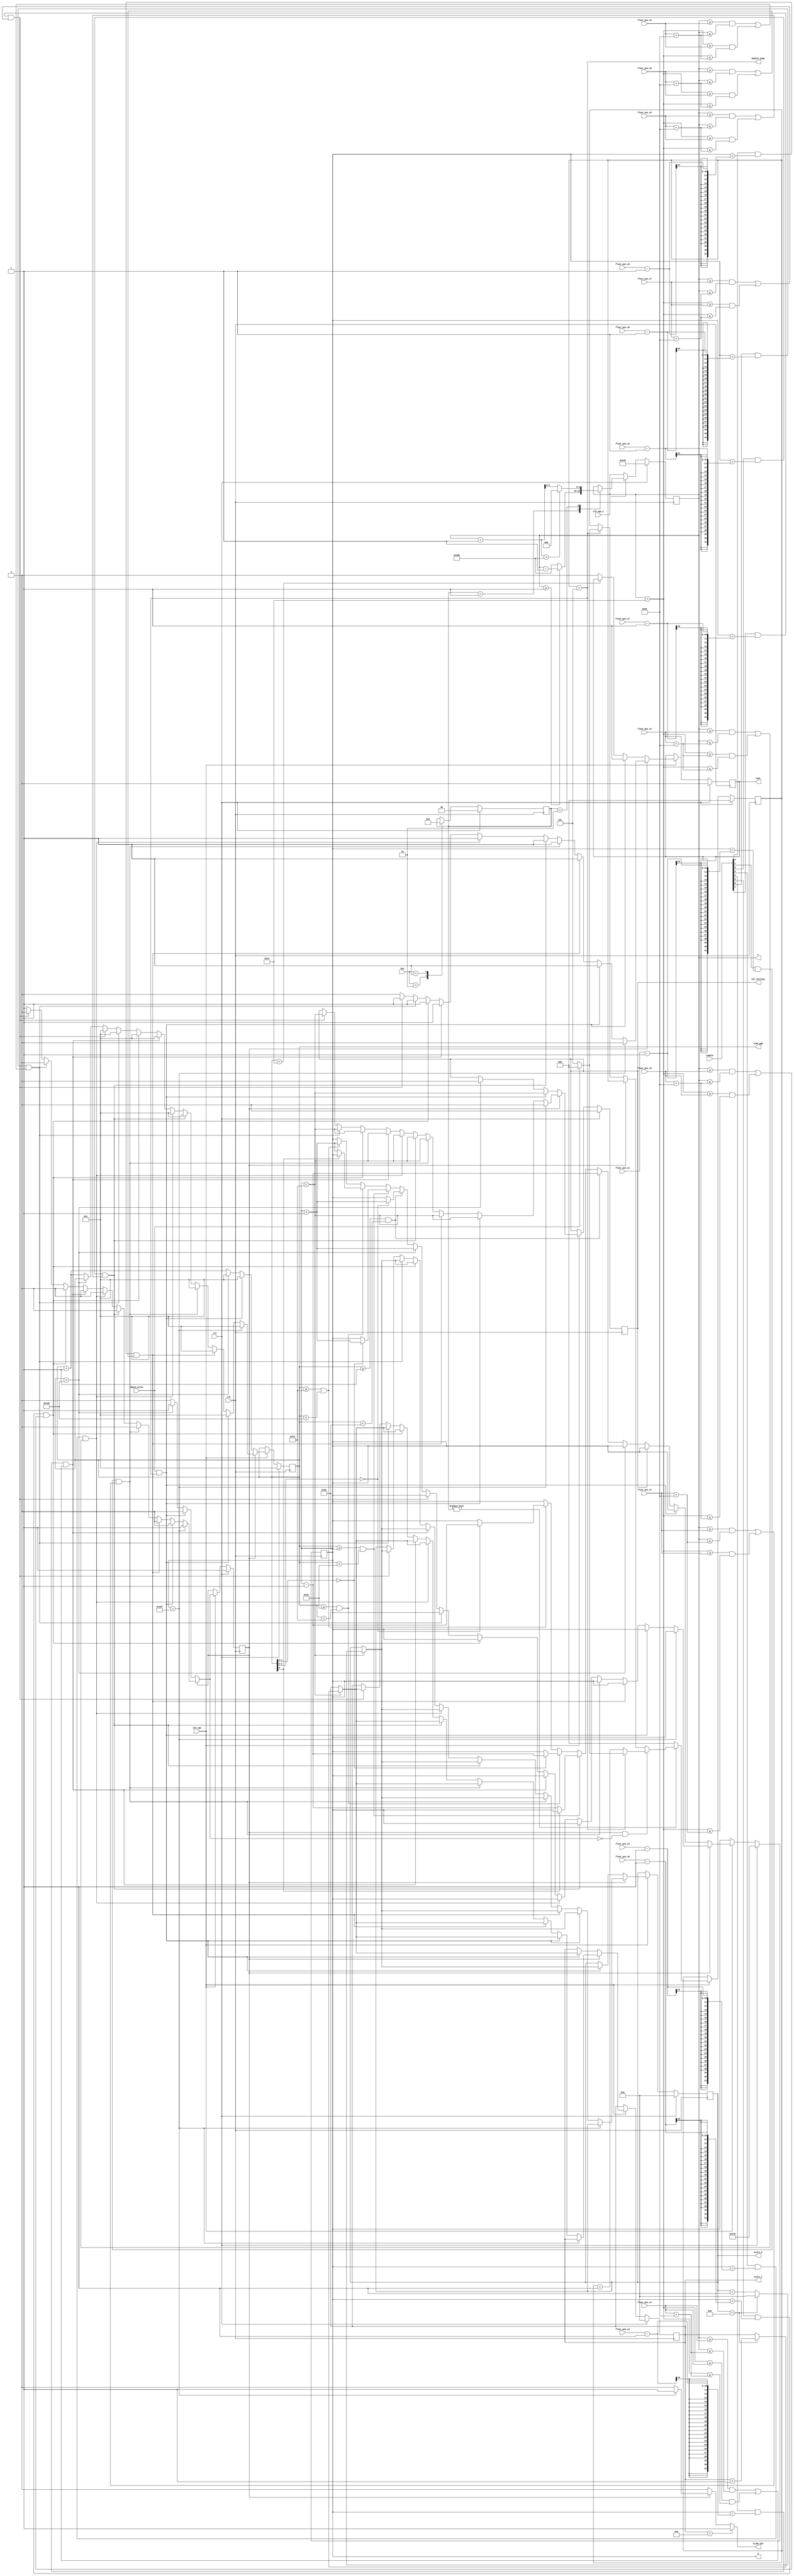
module slime_move(rst, clk, clk_vga, clk_vga_x, x, y, key, 
floor_pos_x0, floor_pos_y0, floor_pos_x1, floor_pos_y1, 
floor_pos_x2, floor_pos_y2, floor_pos_x3, floor_pos_y3, 
floor_pos_x4, floor_pos_y4, floor_pos_x5, floor_pos_y5, 
floor_pos_x6, floor_pos_y6, floor_pos_x7, floor_pos_y7, 
enable, Space_press, time_gap, hit_ceiling, slime_die, score_0, score_1, tone, double_jump);

    input rst, clk, clk_vga, clk_vga_x;
    input [1:0] key;
    input [9:0] floor_pos_x0, floor_pos_y0, floor_pos_x1, floor_pos_y1, floor_pos_x2, floor_pos_y2, floor_pos_x3, floor_pos_y3;
    input [9:0] floor_pos_x4, floor_pos_y4, floor_pos_x5, floor_pos_y5, floor_pos_x6, floor_pos_y6, floor_pos_x7, floor_pos_y7;
    input [7:0] enable;
    input Space_press;
    output reg [9:0] x, y;
    output [8:0] time_gap;
    output hit_ceiling;
    output reg slime_die;
    output [3:0] score_0;
    output [3:0] score_1;
    output tone;
    output double_jump;

    reg [3:0] score_0, next_score_0;
    reg [3:0] score_1, next_score_1;
    reg tone, new_tone;

    reg [8:0] time_gap, next_time_gap;
    reg [9:0] next_y;
    reg state, next_state;
    reg [1:0] h_state, next_h_state;
    reg hit_ceiling, next_hit_ceiling;
    reg [2:0] jump_times;
    wire double_jump;

    assign double_jump = jump_times == 3'd5;

    parameter INIT = 2'd0;
    parameter LEFT = 2'd1;
    parameter RIGHT = 2'd2;

    parameter JUMP_UP = 1'b0;
    parameter FALL_DOWN = 1'b1;

    always @ (posedge clk) begin
        if (rst) h_state <= 2'd0;
        else begin
            case (key)
                2'b10: h_state <= LEFT;
                2'b01: h_state <= RIGHT;
                default: h_state <= h_state;
            endcase
        end
    end

    always @ (posedge clk) begin
        if (rst) x <= 10'd310;
        else if (clk_vga_x) begin
            case (h_state)
                LEFT: x <= (x >= 1) ? x - 1 : 10'd619;
                RIGHT: x <= (x + 1 > 10'd619) ? 10'd0 : x + 1;
                default: x <= x;
            endcase
        end
        else begin
            x <= x;
        end
    end

    always @ (posedge clk) begin
        if (rst) jump_times <= 3'd0;
        else if (clk_vga) begin
            if (h_state != INIT) begin
                if (state == FALL_DOWN && next_state == JUMP_UP) jump_times <= (jump_times == 3'd5) ? ((Space_press) ? 3'd0 : 3'd5) : jump_times + 3'd1;
                else if (state == JUMP_UP) jump_times <= (jump_times == 3'd5) ? ((Space_press) ? 3'd0 : 3'd5) : jump_times;
                else jump_times <= jump_times;
            end
            else jump_times <= 3'd0;
        end
        else begin
            jump_times <= jump_times;
        end
    end

    always @ (posedge clk)begin
        if (rst) begin
            y <= 10'd379;
            state <= FALL_DOWN;
            time_gap <= 9'd1;
            hit_ceiling <= 1'b0;
            score_0 <= 4'd0;
            score_1 <= 4'd0;
            tone <= 1'b0;
        end
        else if (clk_vga) begin
            y <= next_y;
            state <= next_state;
            time_gap <= next_time_gap;
            hit_ceiling <= next_hit_ceiling;
            score_0 <= next_score_0;
            score_1 <= next_score_1;
            tone <= new_tone;
        end
        else begin
            y <= y;
            state <= state;
            time_gap <= time_gap;
            hit_ceiling <= hit_ceiling;
            score_0 <= score_0;
            score_1 <= score_1;
            tone <= tone;
        end
    end
    
    always @ (*)begin
        case(state)
            JUMP_UP: begin
                if(Space_press && jump_times==3'd5) begin
                    next_y = y;
                    next_time_gap = 9'd1;
                    next_state = JUMP_UP;
                    next_hit_ceiling = y < 10'd240;
                    next_score_0 = (y < 10'd240) ? ((score_0 == 4'd9) ? 4'd0 : score_0 + 4'd1) : score_0;
                    next_score_1 = (y < 10'd240) ? ((score_0 == 4'd9) ? score_1 + 4'd1 : score_1) : score_1;
                    new_tone = 1'b1;
                end
                else begin
                    new_tone = (time_gap < 9'd20) ? tone : 1'b0;
                    next_hit_ceiling = (time_gap > 9'd320) ? 1'd0 : hit_ceiling;
                    next_state = (time_gap > 9'd320) ? FALL_DOWN : JUMP_UP;
                    next_score_0 = score_0;
                    next_score_1 = score_1;
                    
                    if (hit_ceiling) begin
                        next_y = y;
                        if (time_gap > 9'd320) begin
                            next_time_gap = 9'd1;
                        end
                        else if(time_gap >= 9'd1 && time_gap < 9'd80)begin
                            next_time_gap = time_gap + 9'd1;
                        end
                        else if(time_gap >= 9'd80 && time_gap < 9'd160)begin
                            next_time_gap = time_gap + 9'd1;
                        end
                        else if(time_gap >= 9'd160 && time_gap < 9'd240)begin
                            next_time_gap = time_gap + 9'd1;
                        end
                        else if(time_gap >= 9'd240 && time_gap < 9'd320)begin
                            next_time_gap = time_gap + 9'd1;
                        end
                        else begin
                            next_time_gap = time_gap + 9'd1;
                        end
                    end
                    else begin
                        if (time_gap > 9'd320) begin
                            next_y = y;
                            next_time_gap = 9'd1;
                        end
                        else if(time_gap >= 9'd1 && time_gap < 9'd80)begin
                            next_y = y - 10'd1;
                            next_time_gap = time_gap + 9'd1;
                        end
                        else if(time_gap >= 9'd80 && time_gap < 9'd160)begin
                            next_y = (time_gap[0] == 1'b0) ? y - 10'd1 : y;
                            next_time_gap = time_gap + 9'd1;
                        end
                        else if(time_gap >= 9'd160 && time_gap < 9'd240)begin
                            next_y = (time_gap[1:0] == 2'b00) ? y - 10'd1 : y;
                            next_time_gap = time_gap + 9'd1;
                        end
                        else if(time_gap >= 9'd240 && time_gap < 9'd320)begin
                            next_y = (time_gap[2:0] == 3'b000) ? y - 10'd1 : y;
                            next_time_gap = time_gap + 9'd1;
                        end
                        else begin
                            next_y = y;
                            next_time_gap = time_gap + 9'd1;
                        end
                    end
                end
            end
            default: begin
                if (y == 10'd479) begin
                    next_y = y;
                    next_time_gap = 9'd1;
                    next_state = FALL_DOWN;
                    next_hit_ceiling = 1'd0;
                    next_score_0 = score_0;
                    next_score_1 = score_1;
                    new_tone = 1'b0;
                end
                else begin
                    if (Space_press && jump_times==3'd5) begin
                        next_y = y;
                        next_time_gap = 9'd1;
                        next_state = JUMP_UP;
                        next_hit_ceiling = y < 10'd240;
                        next_score_0 = (y < 10'd240) ? ((score_0 == 4'd9) ? 4'd0 : score_0 + 4'd1) : score_0;
                        next_score_1 = (y < 10'd240) ? ((score_0 == 4'd9) ? score_1 + 4'd1 : score_1) : score_1;
                        new_tone = 1'b1;
                    end
                    else if (enable[0] && (y == floor_pos_y0 - 1) && ((x >= floor_pos_x0 && x <= floor_pos_x0 + 10'd40) || (x + 10'd20 >= floor_pos_x0 && x + 10'd20 <= floor_pos_x0 + 10'd40))) begin
                        next_y = y;
                        next_time_gap = 9'd1;
                        next_state = JUMP_UP;
                        next_hit_ceiling = y < 10'd240;
                        next_score_0 = (y < 10'd240) ? ((score_0 == 4'd9) ? 4'd0 : score_0 + 4'd1) : score_0;
                        next_score_1 = (y < 10'd240) ? ((score_0 == 4'd9) ? score_1 + 4'd1 : score_1) : score_1;
                        new_tone = 1'b1;
                    end
                    else if (enable[1] && (y == floor_pos_y1 - 1) && ((x >= floor_pos_x1 && x <= floor_pos_x1 + 10'd40) || (x + 10'd20 >= floor_pos_x1 && x + 10'd20 <= floor_pos_x1 + 10'd40))) begin
                        next_y = y;
                        next_time_gap = 9'd1;
                        next_state = JUMP_UP;
                        next_hit_ceiling = y < 10'd240;
                        next_score_0 = (y < 10'd240) ? ((score_0 == 4'd9) ? 4'd0 : score_0 + 4'd1) : score_0;
                        next_score_1 = (y < 10'd240) ? ((score_0 == 4'd9) ? score_1 + 4'd1 : score_1) : score_1;
                        new_tone = 1'b1;
                    end
                    else if (enable[2] && (y == floor_pos_y2 - 1) && ((x >= floor_pos_x2 && x <= floor_pos_x2 + 10'd40) || (x + 10'd20 >= floor_pos_x2 && x + 10'd20 <= floor_pos_x2 + 10'd40))) begin
                        next_y = y;
                        next_time_gap = 9'd1;
                        next_state = JUMP_UP;
                        next_hit_ceiling = y < 10'd240;
                        next_score_0 = (y < 10'd240) ? ((score_0 == 4'd9) ? 4'd0 : score_0 + 4'd1) : score_0;
                        next_score_1 = (y < 10'd240) ? ((score_0 == 4'd9) ? score_1 + 4'd1 : score_1) : score_1;
                        new_tone = 1'b1;
                    end
                    else if (enable[3] && (y == floor_pos_y3 - 1) && ((x >= floor_pos_x3 && x <= floor_pos_x3 + 10'd40) || (x + 10'd20 >= floor_pos_x3 && x + 10'd20 <= floor_pos_x3 + 10'd40))) begin
                        next_y = y;
                        next_time_gap = 9'd1;
                        next_state = JUMP_UP;
                        next_hit_ceiling = y < 10'd240;
                        next_score_0 = (y < 10'd240) ? ((score_0 == 4'd9) ? 4'd0 : score_0 + 4'd1) : score_0;
                        next_score_1 = (y < 10'd240) ? ((score_0 == 4'd9) ? score_1 + 4'd1 : score_1) : score_1;
                        new_tone = 1'b1;
                    end
                    else if (enable[4] && (y == floor_pos_y4 - 1) && ((x >= floor_pos_x4 && x <= floor_pos_x4 + 10'd40) || (x + 10'd20 >= floor_pos_x4 && x + 10'd20 <= floor_pos_x4 + 10'd40))) begin
                        next_y = y;
                        next_time_gap = 9'd1;
                        next_state = JUMP_UP;
                        next_hit_ceiling = y < 10'd240;
                        next_score_0 = (y < 10'd240) ? ((score_0 == 4'd9) ? 4'd0 : score_0 + 4'd1) : score_0;
                        next_score_1 = (y < 10'd240) ? ((score_0 == 4'd9) ? score_1 + 4'd1 : score_1) : score_1;
                        new_tone = 1'b1;
                    end
                    else if (enable[5] && (y == floor_pos_y5 - 1) && ((x >= floor_pos_x5 && x <= floor_pos_x5 + 10'd40) || (x + 10'd20 >= floor_pos_x5 && x + 10'd20 <= floor_pos_x5 + 10'd40))) begin
                        next_y = y;
                        next_time_gap = 9'd1;
                        next_state = JUMP_UP;
                        next_hit_ceiling = y < 10'd240;
                        next_score_0 = (y < 10'd240) ? ((score_0 == 4'd9) ? 4'd0 : score_0 + 4'd1) : score_0;
                        next_score_1 = (y < 10'd240) ? ((score_0 == 4'd9) ? score_1 + 4'd1 : score_1) : score_1;
                        new_tone = 1'b1;
                    end
                    else if (enable[6] && (y == floor_pos_y6 - 1) && ((x >= floor_pos_x6 && x <= floor_pos_x6 + 10'd40) || (x + 10'd20 >= floor_pos_x6 && x + 10'd20 <= floor_pos_x6 + 10'd40))) begin
                        next_y = y;
                        next_time_gap = 9'd1;
                        next_state = JUMP_UP;
                        next_hit_ceiling = y < 10'd240;
                        next_score_0 = (y < 10'd240) ? ((score_0 == 4'd9) ? 4'd0 : score_0 + 4'd1) : score_0;
                        next_score_1 = (y < 10'd240) ? ((score_0 == 4'd9) ? score_1 + 4'd1 : score_1) : score_1;
                        new_tone = 1'b1;
                    end
                    else if (enable[7] && (y == floor_pos_y7 - 1) && ((x >= floor_pos_x7 && x <= floor_pos_x7 + 10'd40) || (x + 10'd20 >= floor_pos_x7 && x + 10'd20 <= floor_pos_x7 + 10'd40))) begin
                        next_y = y;
                        next_time_gap = 9'd1;
                        next_state = JUMP_UP;
                        next_hit_ceiling = y < 10'd240;
                        next_score_0 = (y < 10'd240) ? ((score_0 == 4'd9) ? 4'd0 : score_0 + 4'd1) : score_0;
                        next_score_1 = (y < 10'd240) ? ((score_0 == 4'd9) ? score_1 + 4'd1 : score_1) : score_1;
                        new_tone = 1'b1;
                    end

                    else if (time_gap > 9'd320) begin
                        next_y = y + 10'd1;
                        next_time_gap = time_gap;
                        next_state = FALL_DOWN;
                        next_hit_ceiling = hit_ceiling;
                        next_score_0 = score_0;
                        next_score_1 = score_1;
                        new_tone = 1'b0;
                    end
                    else if(time_gap >= 9'd1 && time_gap < 9'd80)begin
                        next_y = (time_gap[2:0] == 3'b000) ? y + 10'd1 : y;
                        next_time_gap = time_gap + 9'd1;
                        next_state = FALL_DOWN;
                        next_hit_ceiling = hit_ceiling;
                        next_score_0 = score_0;
                        next_score_1 = score_1;
                        new_tone = 1'b0;
                    end
                    else if(time_gap >= 9'd80 && time_gap < 9'd160)begin
                        next_y = (time_gap[1:0] == 2'b00) ? y + 10'd1 : y;
                        next_time_gap = time_gap + 9'd1;
                        next_state = FALL_DOWN;
                        next_hit_ceiling = hit_ceiling;
                        next_score_0 = score_0;
                        next_score_1 = score_1;
                        new_tone = 1'b0;
                    end
                    else if(time_gap >= 9'd160 && time_gap < 9'd240)begin
                        next_y = (time_gap[0] == 1'b0) ? y + 10'd1 : y;
                        next_time_gap = time_gap + 9'd1;
                        next_state = FALL_DOWN;
                        next_hit_ceiling = hit_ceiling;
                        next_score_0 = score_0;
                        next_score_1 = score_1;
                        new_tone = 1'b0;
                    end
                    else if(time_gap >= 9'd240 && time_gap < 9'd320)begin
                        next_y = y + 10'd1;
                        next_time_gap = time_gap + 9'd1;
                        next_state = FALL_DOWN;
                        next_hit_ceiling = hit_ceiling;
                        next_score_0 = score_0;
                        next_score_1 = score_1;
                        new_tone = 1'b0;
                    end
                    else begin
                        next_y = y;
                        next_time_gap = time_gap + 9'd1;
                        next_state = FALL_DOWN;
                        next_hit_ceiling = hit_ceiling;
                        next_score_0 = score_0;
                        next_score_1 = score_1;
                        new_tone = 1'b0;
                    end
                end
                
                //next_state = (time_gap > 9'd320) ? JUMP_UP: FALL_DOWN;
            end
        endcase
    end

    always @ (*)begin
        if(score_1 == 4'd10) begin
            slime_die = 1'b1;
        end
        else begin
            case(state)
                JUMP_UP: begin
                    slime_die = 1'b0;
                end
                default: begin
                    if (y == 10'd479) begin
                        slime_die = 1'b1;
                    end
                    else begin
                        slime_die = 1'b0;
                    end
                end
            endcase
        end
    end

endmodule